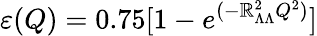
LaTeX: \varepsilon(Q)=0.75[1-e^{(-\mathbb{R}_{\Lambda\Lambda}^{2}Q^{2})}]